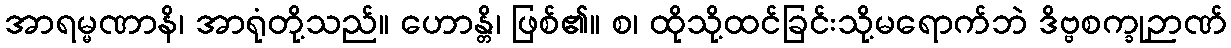
အာရမ္မဏာနိ၊ အာရုံတို့သည်။ ဟောန္တိ၊ ဖြစ်၏။ စ၊ ထိုသို့ထင်ခြင်းသို့မရောက်ဘဲ ဒိဗ္ဗစက္ခုဉာဏ်